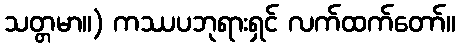
သတ္တမာ။) ကဿပဘုရားရှင် လက်ထက်တော်။